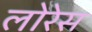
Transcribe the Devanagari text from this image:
लोरेस